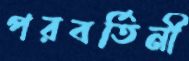
পরবর্তিনী